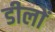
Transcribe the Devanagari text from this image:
डीलों